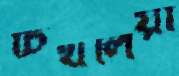
চিথলিয়া